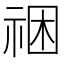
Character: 祵